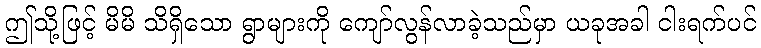
ဤသို့ဖြင့် မိမိ သိရှိသော ရွာများကို ကျော်လွန်လာခဲ့သည်မှာ ယခုအခါ ငါးရက်ပင်